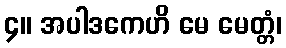
၄။ အပါဒကေဟိ မေ မေတ္တံ၊